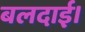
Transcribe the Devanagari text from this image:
बलदाई।